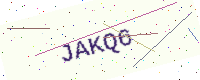
Text: JAKQ6